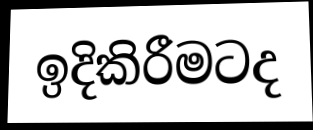
ඉදිකිරීමටද